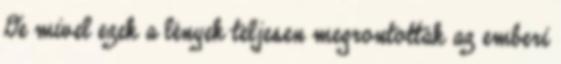
De mivel ezek a lények teljesen megrontották az emberi